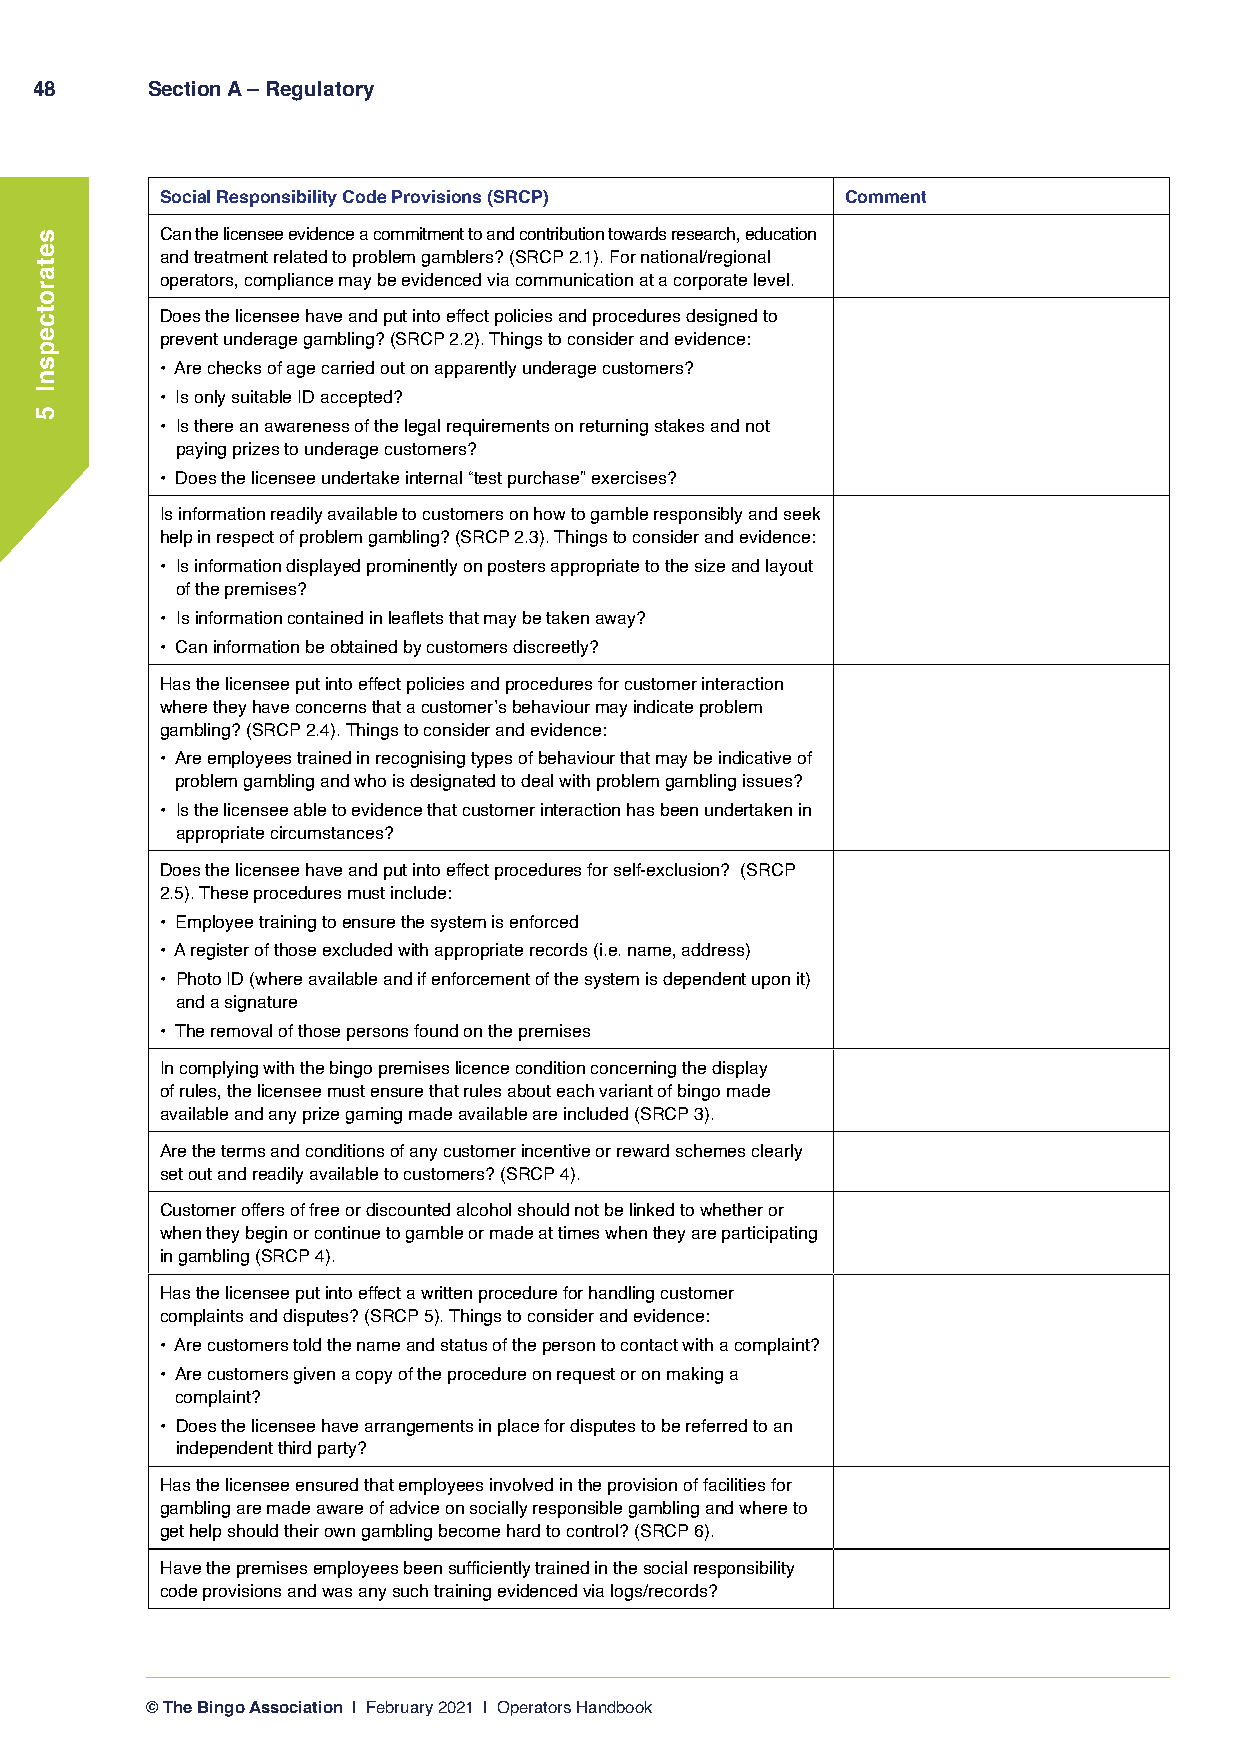
48      Section A – Regulatory
 Social Responsibility Code Provisions (SRCP) Comment
 Can the licensee evidence a commitment to and contribution towards research, education
 and treatment related to problem gamblers? (SRCP 2.1). For national/regional
 operators, compliance may be evidenced via communication at a corporate level.
 Does the licensee have and put into effect policies and procedures designed to
 prevent underage gambling? (SRCP 2.2). Things to consider and evidence:
 • Are checks of age carried out on apparently underage customers?
 • Is only suitable ID accepted?
 • Is there an awareness of the legal requirements on returning stakes and not
 paying prizes to underage customers?
 • Does the licensee undertake internal “test purchase” exercises?
 Is information readily available to customers on how to gamble responsibly and seek
 help in respect of problem gambling? (SRCP 2.3). Things to consider and evidence:
 • Is information displayed prominently on posters appropriate to the size and layout
 of the premises?
 • Is information contained in leaflets that may be taken away?
 • Can information be obtained by customers discreetly?
 Has the licensee put into effect policies and procedures for customer interaction
 where they have concerns that a customer’s behaviour may indicate problem
 gambling? (SRCP 2.4). Things to consider and evidence:
 • Are employees trained in recognising types of behaviour that may be indicative of
 problem gambling and who is designated to deal with problem gambling issues?
 • Is the licensee able to evidence that customer interaction has been undertaken in
 appropriate circumstances?
 Does the licensee have and put into effect procedures for self-exclusion? (SRCP
 2.5). These procedures must include:
 • Employee training to ensure the system is enforced
 • A register of those excluded with appropriate records (i.e. name, address)
 • Photo ID (where available and if enforcement of the system is dependent upon it)
 and a signature
 • The removal of those persons found on the premises
 In complying with the bingo premises licence condition concerning the display
 of rules, the licensee must ensure that rules about each variant of bingo made
 available and any prize gaming made available are included (SRCP 3).
 Are the terms and conditions of any customer incentive or reward schemes clearly
 set out and readily available to customers? (SRCP 4).
 Customer offers of free or discounted alcohol should not be linked to whether or
 when they begin or continue to gamble or made at times when they are participating
 in gambling (SRCP 4).
 Has the licensee put into effect a written procedure for handling customer
 complaints and disputes? (SRCP 5). Things to consider and evidence:
 • Are customers told the name and status of the person to contact with a complaint?
 • Are customers given a copy of the procedure on request or on making a
 complaint?
 • Does the licensee have arrangements in place for disputes to be referred to an
 independent third party?
 Has the licensee ensured that employees involved in the provision of facilities for
 gambling are made aware of advice on socially responsible gambling and where to
 get help should their own gambling become hard to control? (SRCP 6).
 Have the premises employees been sufficiently trained in the social responsibility
 code provisions and was any such training evidenced via logs/records?
 © The Bingo Association | February 2021 | Operators Handbook
 setarotcepsnI
 5